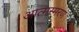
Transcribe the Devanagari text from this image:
आत्मस्मरण